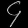
Digit: ၄